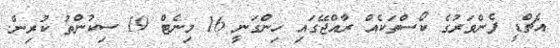
އެޗްޑީ ފެންވަރުގެ ކޯސްތަކެއް ރާއްޖޭގައި ހިންގަނީ 16 މިނެޓް 19 ސިކުންތު ކުރިން.